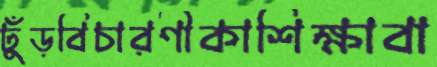
ঢুঁড়বিচারণীকাশিক্ষাবা